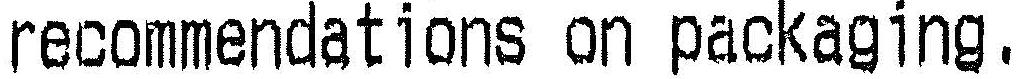
RECOMMENDATIONS ON PACKAGING.